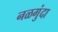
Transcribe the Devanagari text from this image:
नळगुंदा